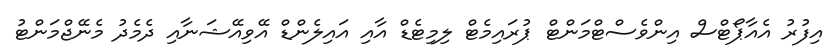
އިފުރު އެއާޕޯޓްސް އިންވެސްޓްމަންޓް ޕުރައިމެޓް ލިމިޓެޑް އާއި އައިލެންޑް އޭވިއޭޝަނާއި ދެމެދު މެނޭޖްމަންޓު